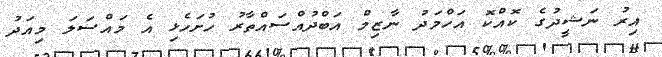
އިރު ނަޝީދުގެ ކޮއްކޮ އަހްމަދު ނާޒިމް އަބްދުއްސައްތާރު ހުށަހެޅި އެ މައްސަަލަ މިއަދު